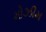
મોઝીમ